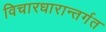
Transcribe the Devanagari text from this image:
विचारधारान्तर्गत